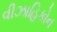
વીઝાહિકોન